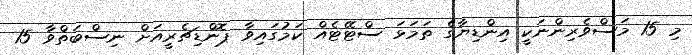
މި 15 މަސްވެރިންނަކީ އިންޑިޔާގެ ތަމަޅަ ސްޓޭޓެއް ކަމުގައިވާ ޕޮންޑިޗެރީއަށް ނިސްބަތްވާ 15